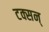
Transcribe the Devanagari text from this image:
टक्सन्